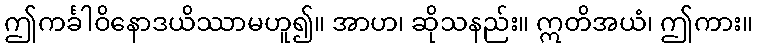
ဤကင်္ခါဝိနောဒယိဿာမဟူ၍။ အာဟ၊ ဆိုသနည်း။ ဣတိအယံ၊ ဤကား။